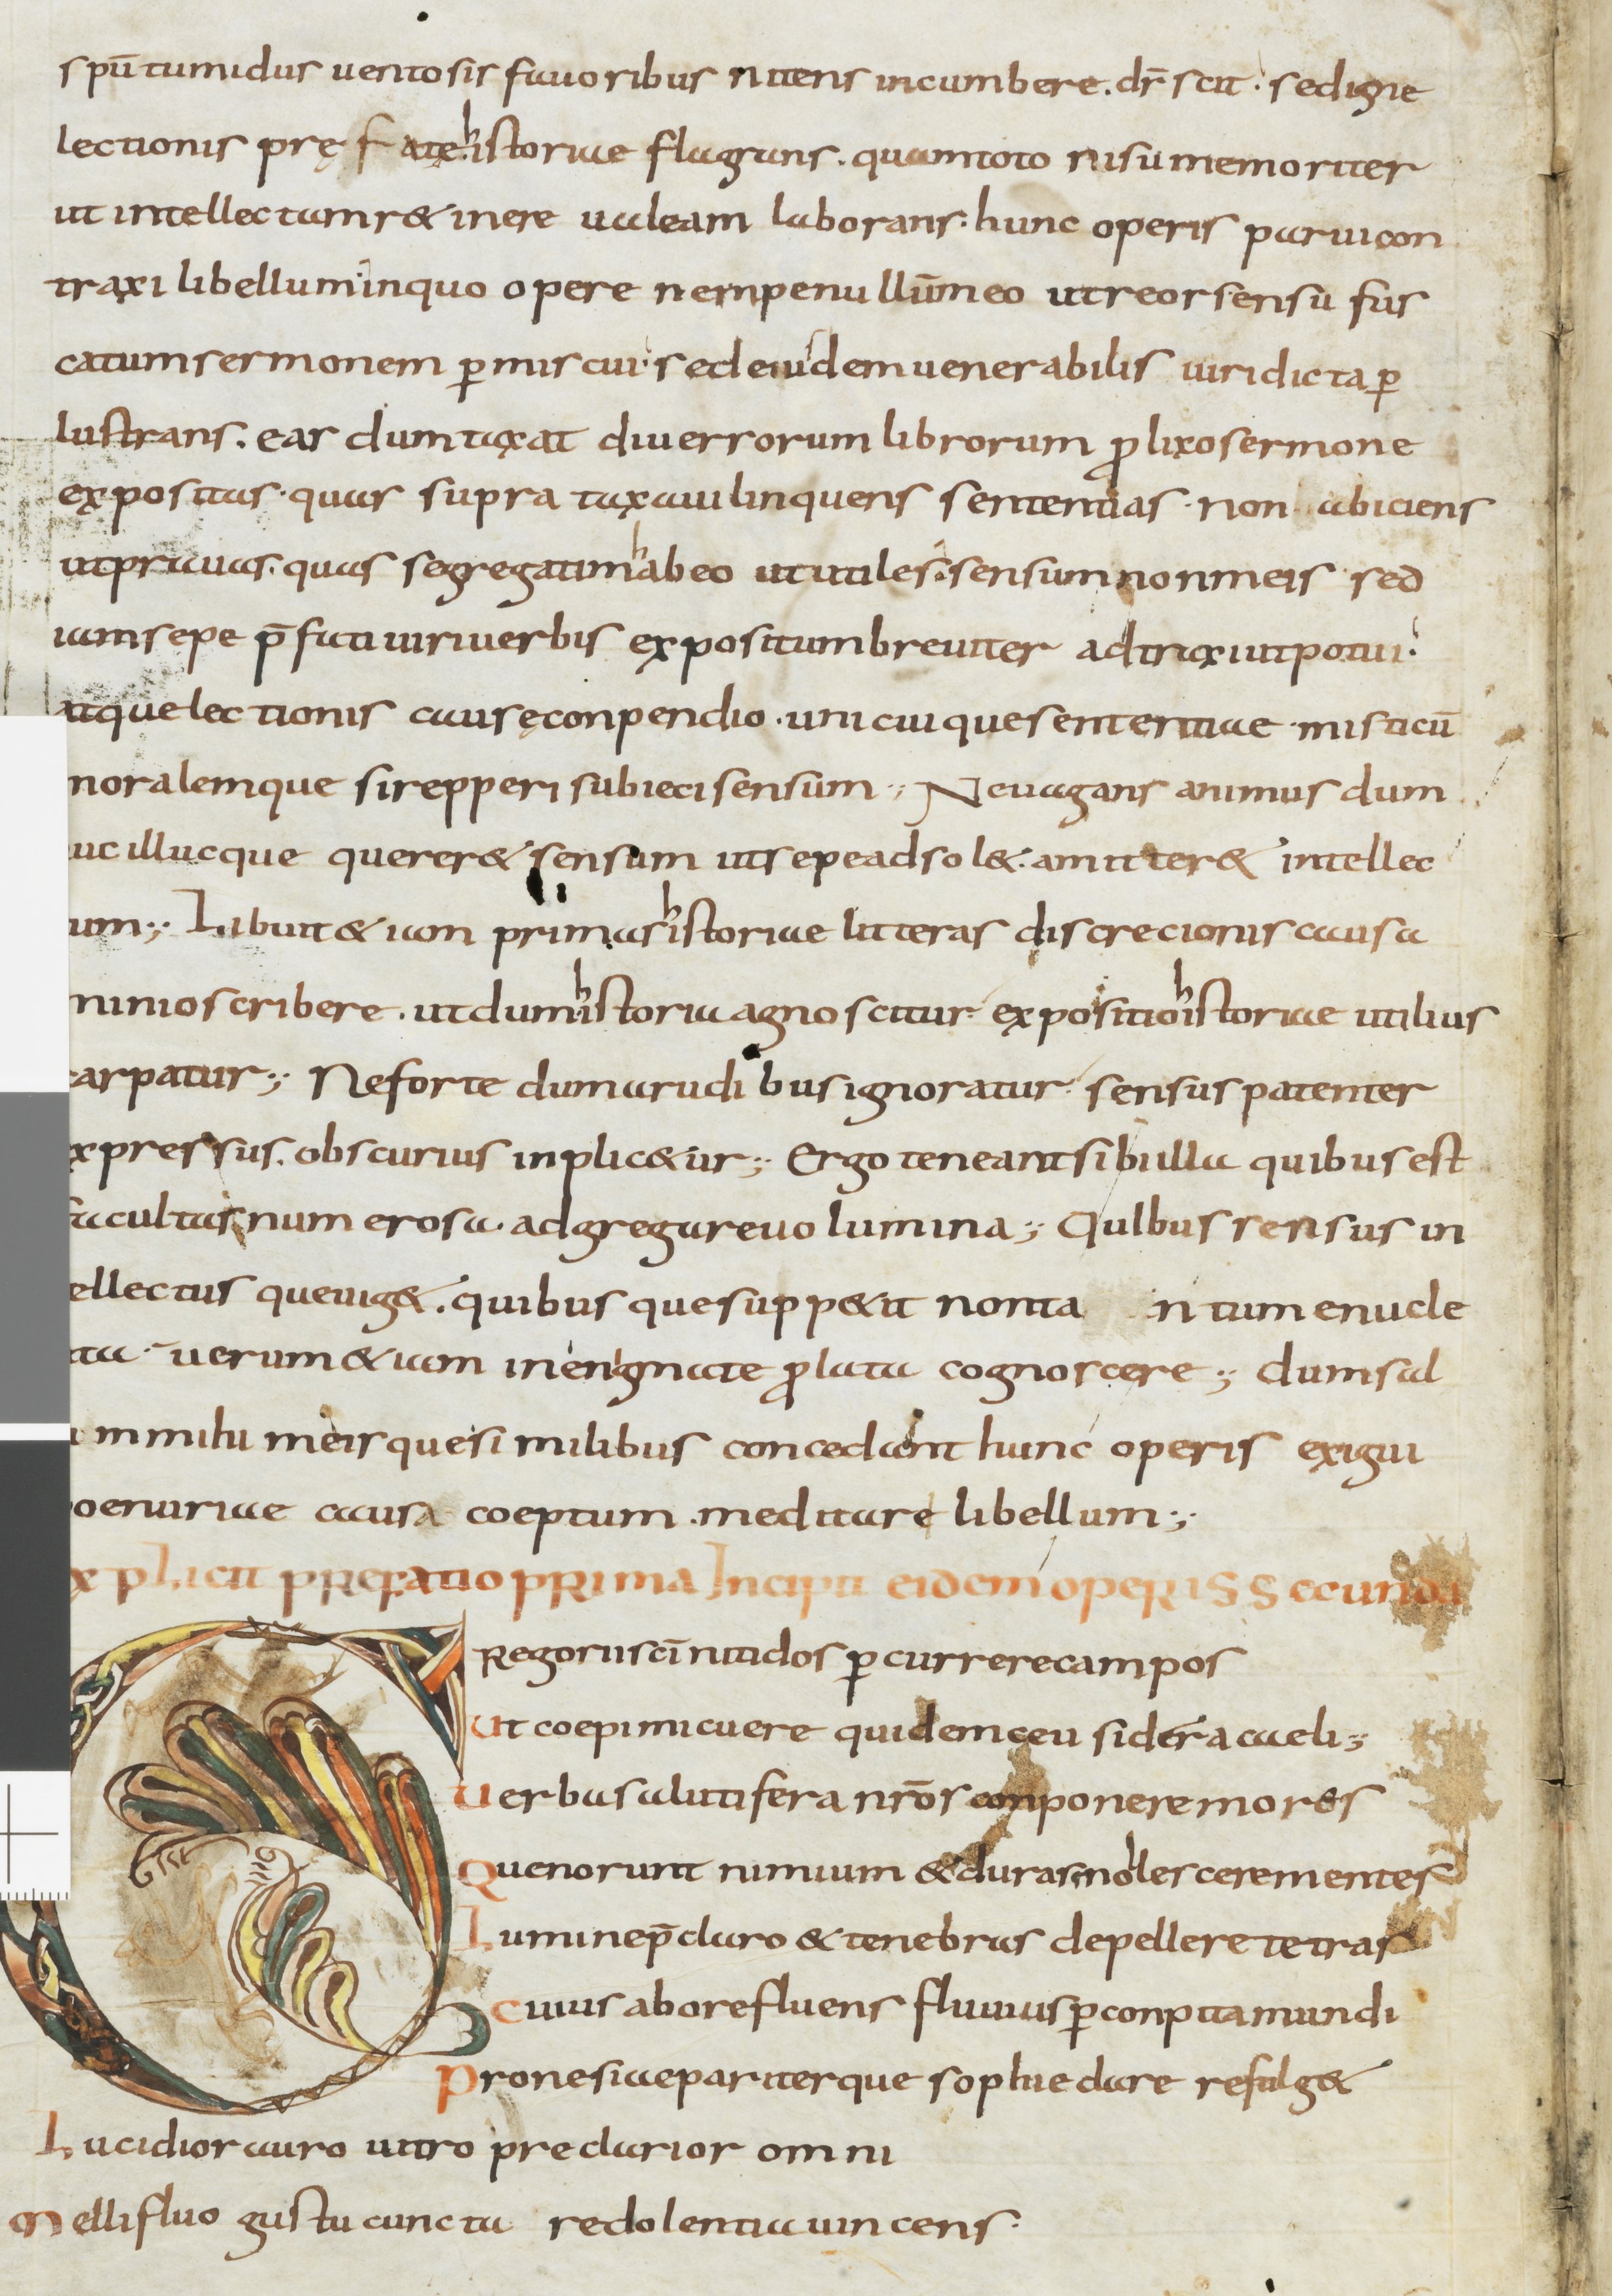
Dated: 900–999